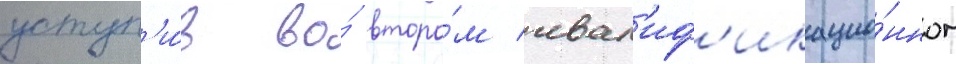
уступ'и́в во́ второ́м квал'иф'икацио́нном